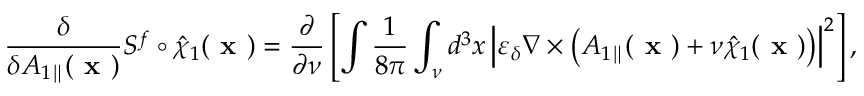
\frac { \delta } { \delta { A } _ { 1 \parallel } ( \textbf { x } ) } S ^ { f } \circ \hat { \chi } _ { 1 } ( \textbf { x } ) = \frac { \partial } { \partial \nu } \left[ \intop \frac { 1 } { 8 \pi } \int _ { \nu } d ^ { 3 } x \left| \varepsilon _ { \delta } \nabla \times \left( { A } _ { 1 \parallel } ( \textbf { x } ) + \nu \hat { \chi } _ { 1 } ( \textbf { x } ) \right) \right| ^ { 2 } \right] ,